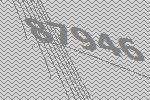
87946